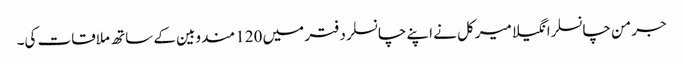
جرمن چانسلرانگیلا میرکل نے اپنے چانسلر دفتر میں 120 مندوبین کے ساتھ ملاقات کی۔